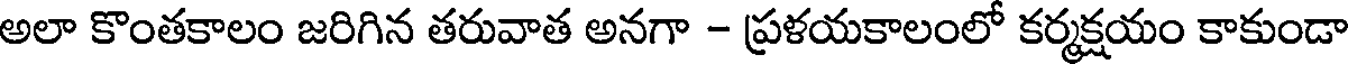
అలా కొంతకాలం జరిగిన తరువాత అనగా - ప్రళయకాలంలో కర్మక్షయం కాకుండా